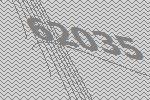
62035